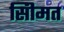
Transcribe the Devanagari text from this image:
सीिमत